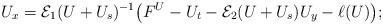
LaTeX: \begin{align*}U_x =\mathcal{E}_1(U+U_s)^{-1}\big( F^U-U_t -\mathcal{E}_2(U+U_s)U_y - \ell(U) \big);\end{align*}